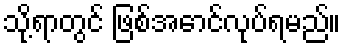
သို့ရာတွင် ဖြစ်အောင်လုပ်ရမည်။